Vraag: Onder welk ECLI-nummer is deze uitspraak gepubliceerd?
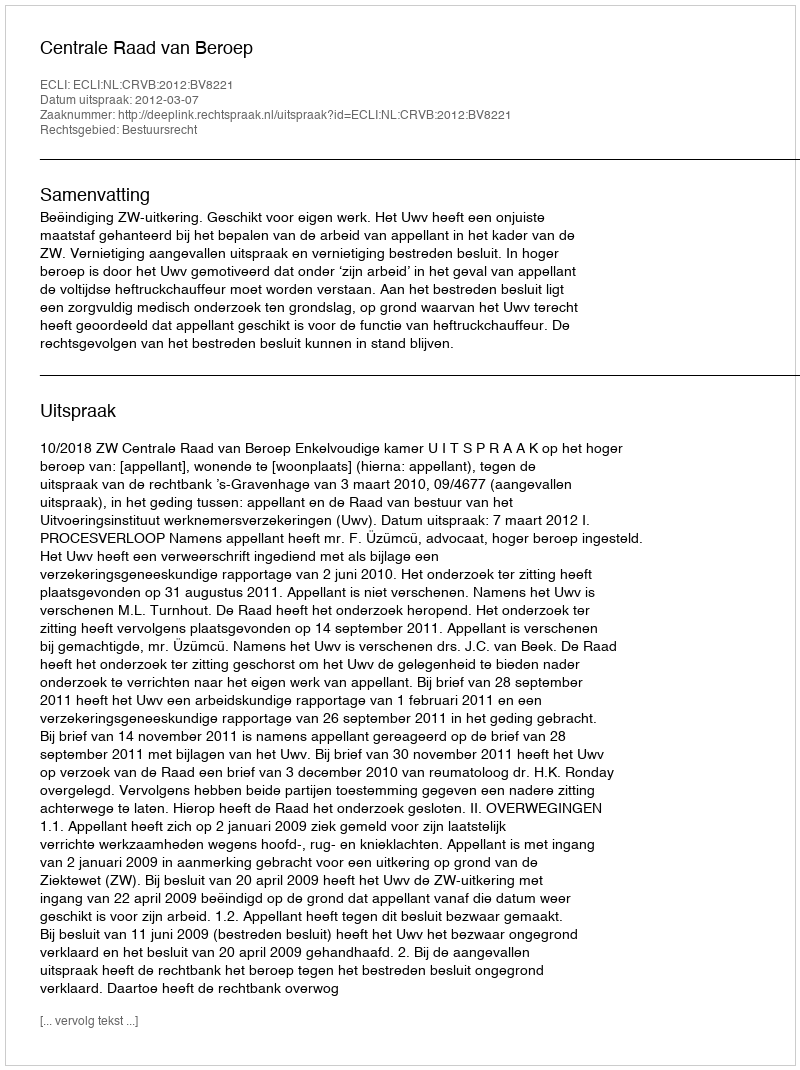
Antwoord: ECLI:NL:CRVB:2012:BV8221